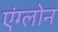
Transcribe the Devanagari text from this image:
एंग्लोन